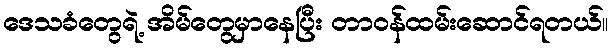
ဒေသခံတွေရဲ့ အိမ်တွေမှာနေပြီး တာဝန်ထမ်းဆောင်ရတယ်။